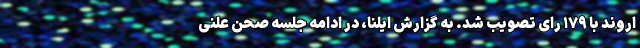
اروند با ۱۷۹ رای تصویب شد. به گزارش ایلنا، در ادامه جلسه صحن علنی